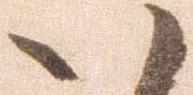
い